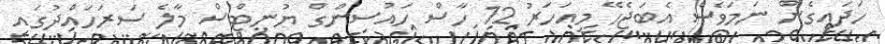
ހަދައިގެން ނަމަވެސް އެބަޖެހޭ މިއަހަރު 12 ހާސް ހައުސިންގް ޔުނިޓްސް މާލެ ސަރަހައްދުގައި